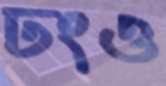
ঢংও